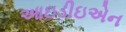
આઇડીઇએન